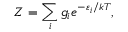
Z = \sum _ { i } g _ { i } e ^ { - \varepsilon _ { i } / k T } ,